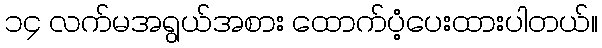
၁၄ လက်မအရွယ်အစား ထောက်ပံ့ပေးထားပါတယ်။